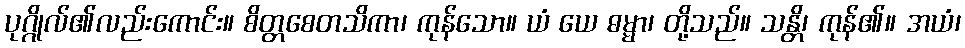
ပုဂ္ဂိုလ်၏လည်းကောင်း။ စိတ္တစေတသိကာ၊ ကုန်သော။ ယံ ယေ ဓမ္မာ၊ တို့သည်။ သန္တိ၊ ကုန်၏။ အယံ၊